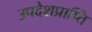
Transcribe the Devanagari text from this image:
उपदेशप्राप्ति